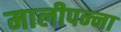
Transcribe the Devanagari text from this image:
मालीपन्‍ना